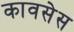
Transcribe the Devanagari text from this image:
कावसेस